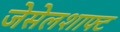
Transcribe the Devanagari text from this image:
जेसेलशाफ्ट